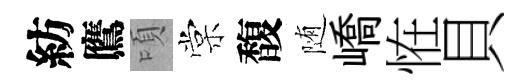
紡鷹頃棠馥随嶠恠貝